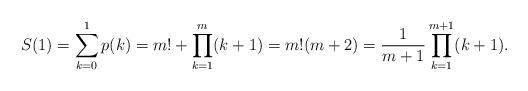
LaTeX: \begin{align*}S(1)=\sum_{k=0}^1 p(k)=m! +\prod_{k=1}^m(k+1)=m!(m+2)=\frac{1}{m+1} \prod_{k=1}^{m+1}(k+1).\end{align*}